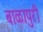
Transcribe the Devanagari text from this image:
बाळापुरी